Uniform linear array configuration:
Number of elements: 8
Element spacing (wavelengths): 0.75
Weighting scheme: cosine
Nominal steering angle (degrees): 15
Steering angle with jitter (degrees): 13.049
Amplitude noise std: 0.05
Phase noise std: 0.05

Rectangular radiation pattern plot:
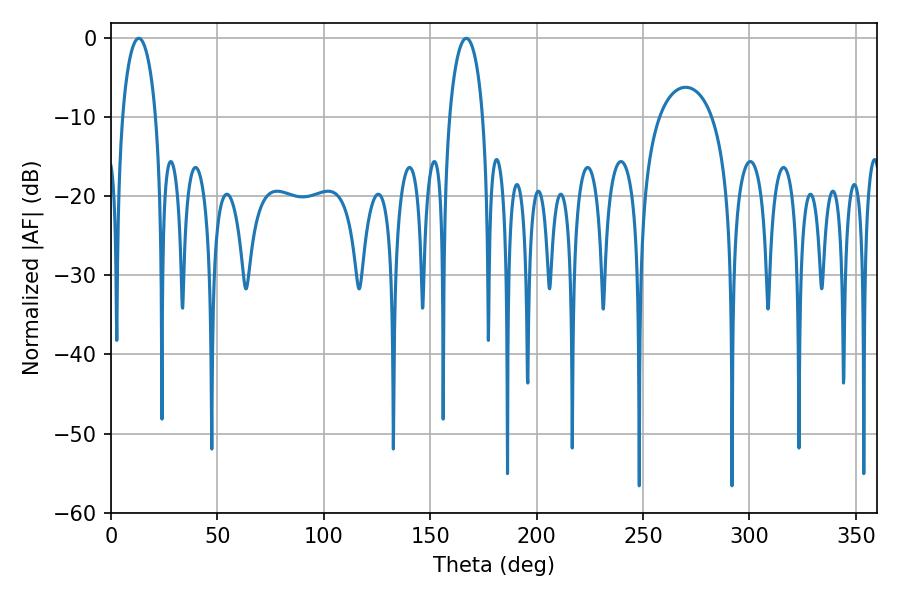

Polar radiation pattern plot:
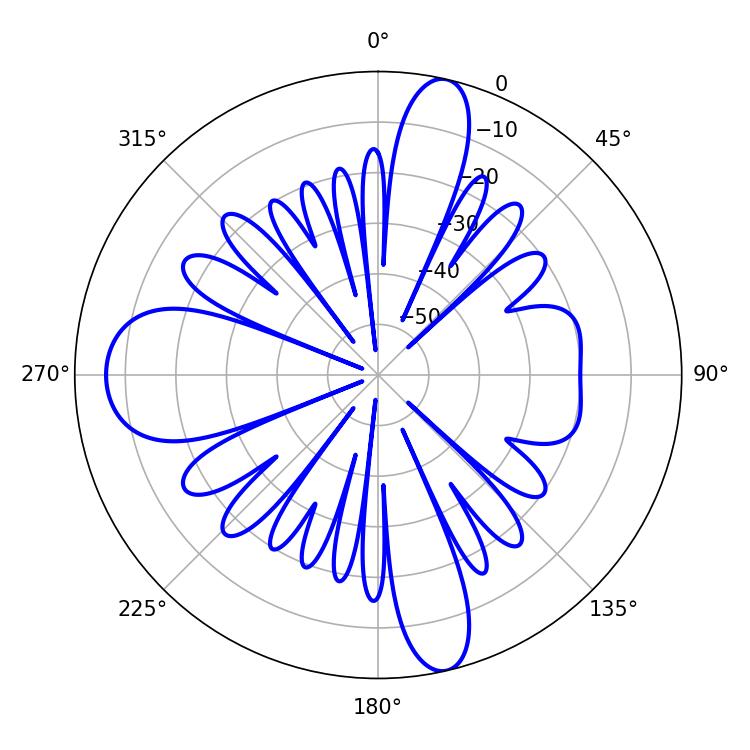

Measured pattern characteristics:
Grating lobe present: TRUE
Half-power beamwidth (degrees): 9
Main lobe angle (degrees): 12.96